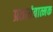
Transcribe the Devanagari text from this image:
प्रतातंत्रात्मक